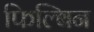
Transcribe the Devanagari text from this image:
फिल्बिन